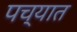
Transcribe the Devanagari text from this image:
पच्यात